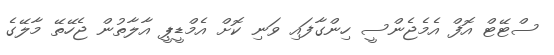
ސްޓޭޓް އޮފް އެމެޖެންސީ ހިންގާފައި ވަނި ކޮށް އެމްޑީޕީ އާލާތުން ޖެހޭތޭ މާލޭގެ